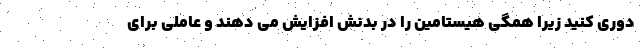
دوری کنید زیرا همگی هیستامین را در بدنش افزایش می دهند و عاملی برای